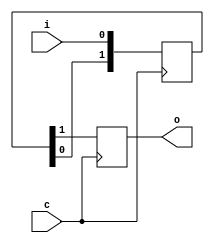
/*
 * Copyright (C) 2014 Harmon Instruments, LLC
 *
 * This program is free software: you can redistribute it and/or modify
 * it under the terms of the GNU General Public License as published by
 * the Free Software Foundation, either version 3 of the License, or
 * (at your option) any later version.
 *
 * This program is distributed in the hope that it will be useful,
 * but WITHOUT ANY WARRANTY; without even the implied warranty of
 * MERCHANTABILITY or FITNESS FOR A PARTICULAR PURPOSE.  See the
 * GNU General Public License for more details.
 *
 * You should have received a copy of the GNU General Public License
 * along with this program.  If not, see <http://www.gnu.org/licenses/
 *
 */

`timescale 1ns / 1ps

module sync (input c, input i, output reg o);
   (* ASYNC_REG="TRUE", SHREG_EXTRACT="NO", HBLKNM="sync_reg"*) reg [1:0] sr;
   always @(posedge c)
     {o, sr} <= {sr, i};
endmodule